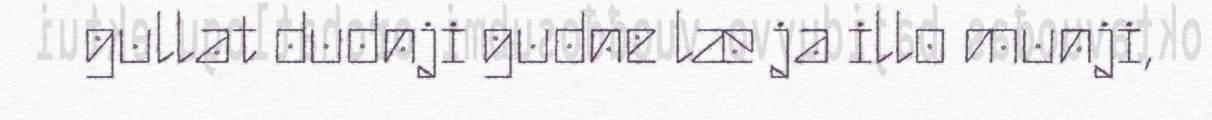
gullat dudnji gudne læ ja illo munji,